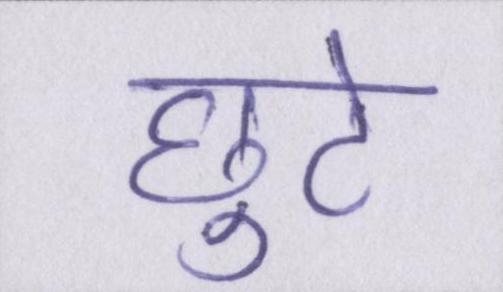
छुटे